King Institute of Preventive Medicine Micro-Biological Section reports 1912-19
Year: 1912
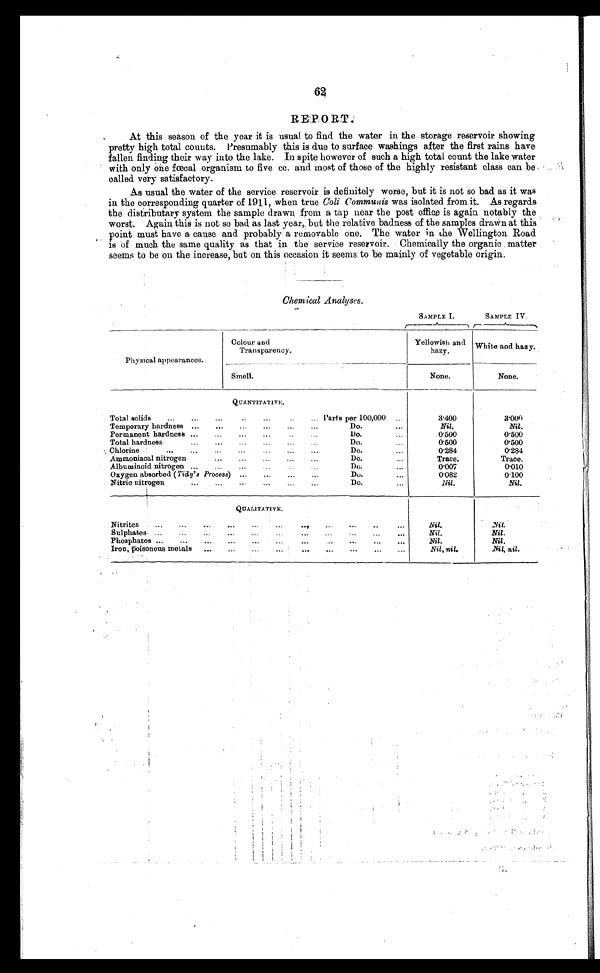
62
REPORT.
At this season of the year it is usual to find the water in the storage reservoir showing
pretty high total counts. Presumably this is due to surface washings after the first rains have
fallen finding their way into the lake. In spite however of such a high total count the lake water
with only one fœcal organism to five cc. and most of those of the highly resistant class can be
called very satisfactory.
As usual the water of the service reservoir is definitely worse, but it is not so bad as it was
in the corresponding quarter of 1911, when true Coli Communis was isolated from it. As regards
the distributary system the sample drawn from a tap near the post office is again notably the
worst. Again this is not so bad as last year, but the relative badness of the samples drawn at this
point must have a cause and probably a removable one. The water in the Wellington Road
is of much the same quality as that in the service reservoir. Chemically the organic matter
seems to be on the increase, but on this occasion it seems to be mainly of vegetable origin.
Chemical Analyses.
SAMPLE
I .
SAMPLE IV.
Physical appearances.
Colour and
Transparency.
Yellowish and
hazy.
White and hazy.
Smell.
None.
None.
QUANTITATIVE.
Total solids
...
...
...
. . .
. . .
. . .
. . . Parts per 100,000
...
3.400
3 . 0 0 0
Temporary hardness
...
. . .
. . .
. . .
Do.
. . .
Nil.
Nil.
Permanent hardness ...
...
. . .
Do.
...
0.500
0.500
Total hardness
...
...
...
...
...
. . . .
Do. ...
0 . 5 0 0
0 . 5 0 0
Chlorine
...
...
...
...
. . .
Do. ...
0.284
0.284
Ammoniacal nitrogen
...
...
...
. . .
Do.
...
Trace.
Trace.
Albuminoid nitrogen
. . .
. . .
. . .
. . .
Do.
...
0.007
0.010
Oxygen absorbed ( Tidy's Process) ...
...
...
Do.
...
0.082
0.100
Nitric nitrogen.
...
. . .
. . .
Do.
...
Nil.
Nil.
QUALITATIVE.
Nitrites
. . .
. . .
. . .
. . .
. . .
. . .
. . .
. . .
. . .
. .
. . .
Nil.
Nil.
Sulphates ...
...
...
...
...
...
...
...
...
. . .
Nil.
Nil.
Phosphates ...
...
...
...
...
...
...
...
Nil.
Nil.
Iron, Poisonous metals
...
...
...
...
...
...
Nil, nil.
Nil, nil.